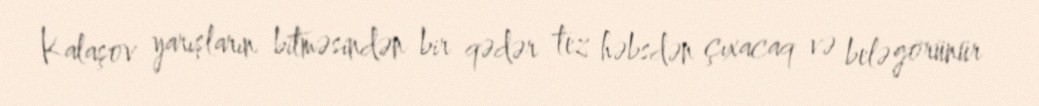
Kalaşov yarışların bitməsindən bir qədər tez həbsdən çıxacaq və belə görünür